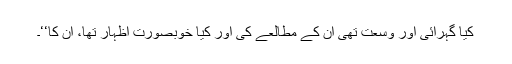
کیا گہرائی اور وسعت تھی ان کے مطالعے کی اور کیا خوبصورت اظہار تھا، ان کا‘‘۔